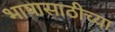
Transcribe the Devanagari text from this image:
भाषासाठीच्या